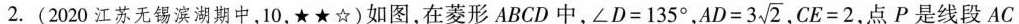
2.(2020江苏无锡滨湖期中，10，★★☆)如图，在菱形ABCD中，$$ ∠D=135° $$，$$ AD=3 \sqrt{2} $$，$$ CE=2 $$，点P是线段AC